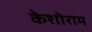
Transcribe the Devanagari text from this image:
केशोराम